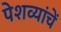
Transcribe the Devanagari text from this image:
पेशव्यांचें